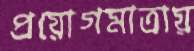
প্রয়োগমাত্রায়